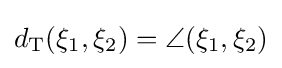
d_{\mathrm {T} }(\xi _{1},\xi _{2})=\angle (\xi _{1},\xi _{2})